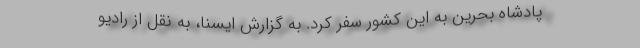
پادشاه بحرین به این کشور سفر کرد. به گزارش ایسنا، به نقل از رادیو